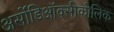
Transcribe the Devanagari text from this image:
अर्सोडिऑक्सीकोलिक